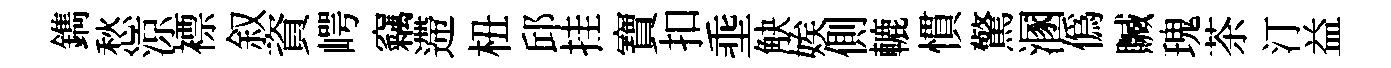
鐫愁涼褾叙資崿竊遰杻邱挂寶扣埀觖娭側轆慣驚溷僞贓瑰茶汀益